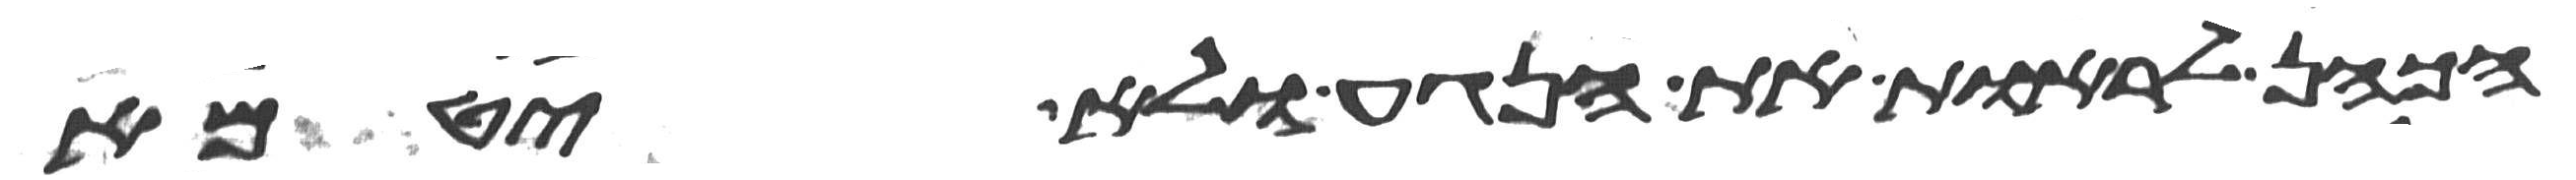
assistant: הכהן לראות את הנגע ולא יטמא